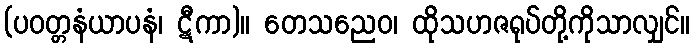
(ပဝတ္တနံယာပနံ၊ ဋီကာ)။ တေသညေဝ၊ ထိုသဟဇရုပ်တို့ကိုသာလျှင်။